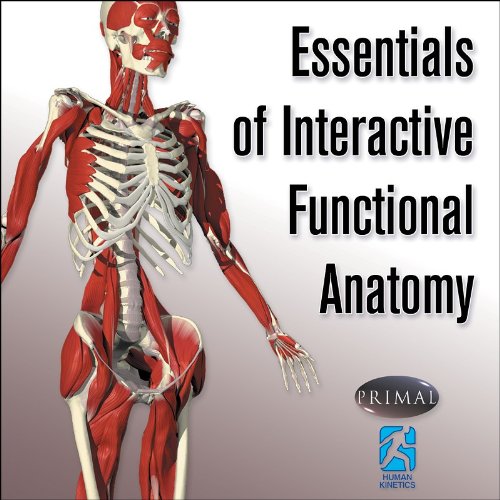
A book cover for Essentials of Interactive Functional Anatomy; Primal Pictures; Medical Books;